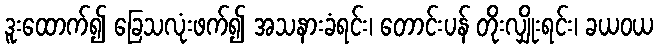
ဒူးထောက်၍ ခြေသလုံးဖက်၍ အသနားခံရင်း၊ တောင်းပန် တိုးလျှိုးရင်း၊ ခယဝယ